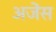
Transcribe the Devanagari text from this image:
अजेंस